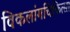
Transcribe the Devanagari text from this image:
विकलांगचिकित्सा